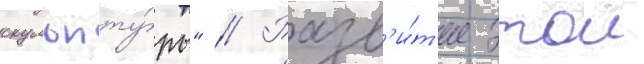
скульпту́ры" // Разв'и́т'ие этои